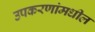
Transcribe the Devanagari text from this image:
उपकरणांमधील